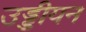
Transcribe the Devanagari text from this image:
उड्डीयन